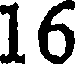
16